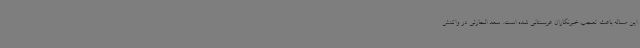
این مساله باعث تعجب خبرنگاران عربستانی شده است. سعد الحارثی در واکنش